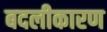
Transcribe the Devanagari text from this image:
बदलीकारण